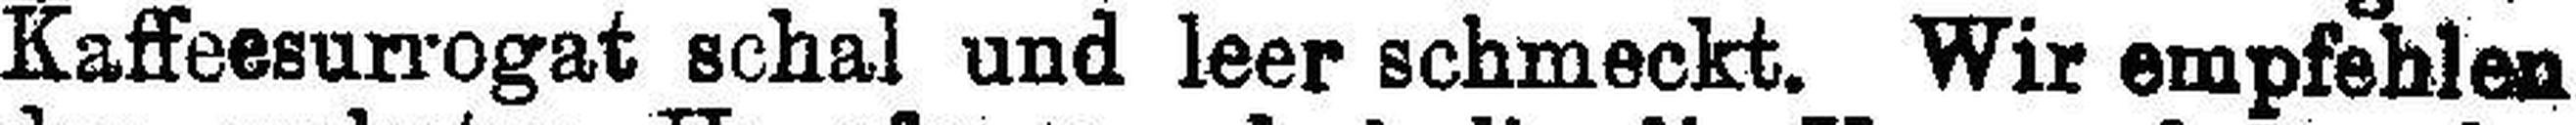
Kaffeesurrogat schal und leer schmeckt. Wir empfehlen